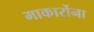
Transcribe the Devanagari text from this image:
माकार्रोना